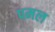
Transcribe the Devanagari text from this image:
पमल